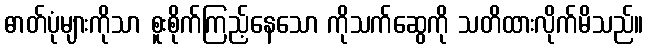
ဓာတ်ပုံများကိုသာ စူးစိုက်ကြည့်နေသော ကိုသက်ဆွေကို သတိထားလိုက်မိသည်။